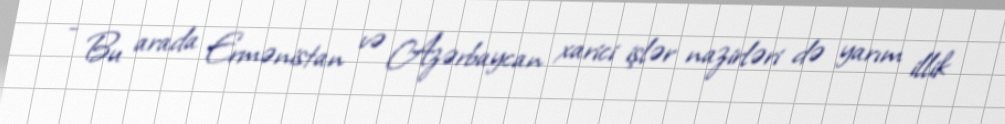
- Bu arada Ermənistan və Azərbaycan xarici işlər nazirləri də yarım illik